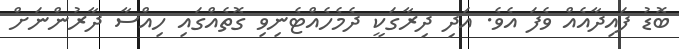
ބޮޑު ފައިދާއެއް ވެފަ އެވެ. އަދި ދިރާގަކީ ދެމެހެއްޓެނިވި ގޮތެއްގައި ހިއްސާ ދާރުންނަށް